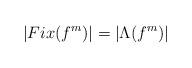
LaTeX: \begin{align*}\left|Fix(f^m)\right|=\left|\Lambda(f^m)\right|\end{align*}